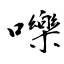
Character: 嚛